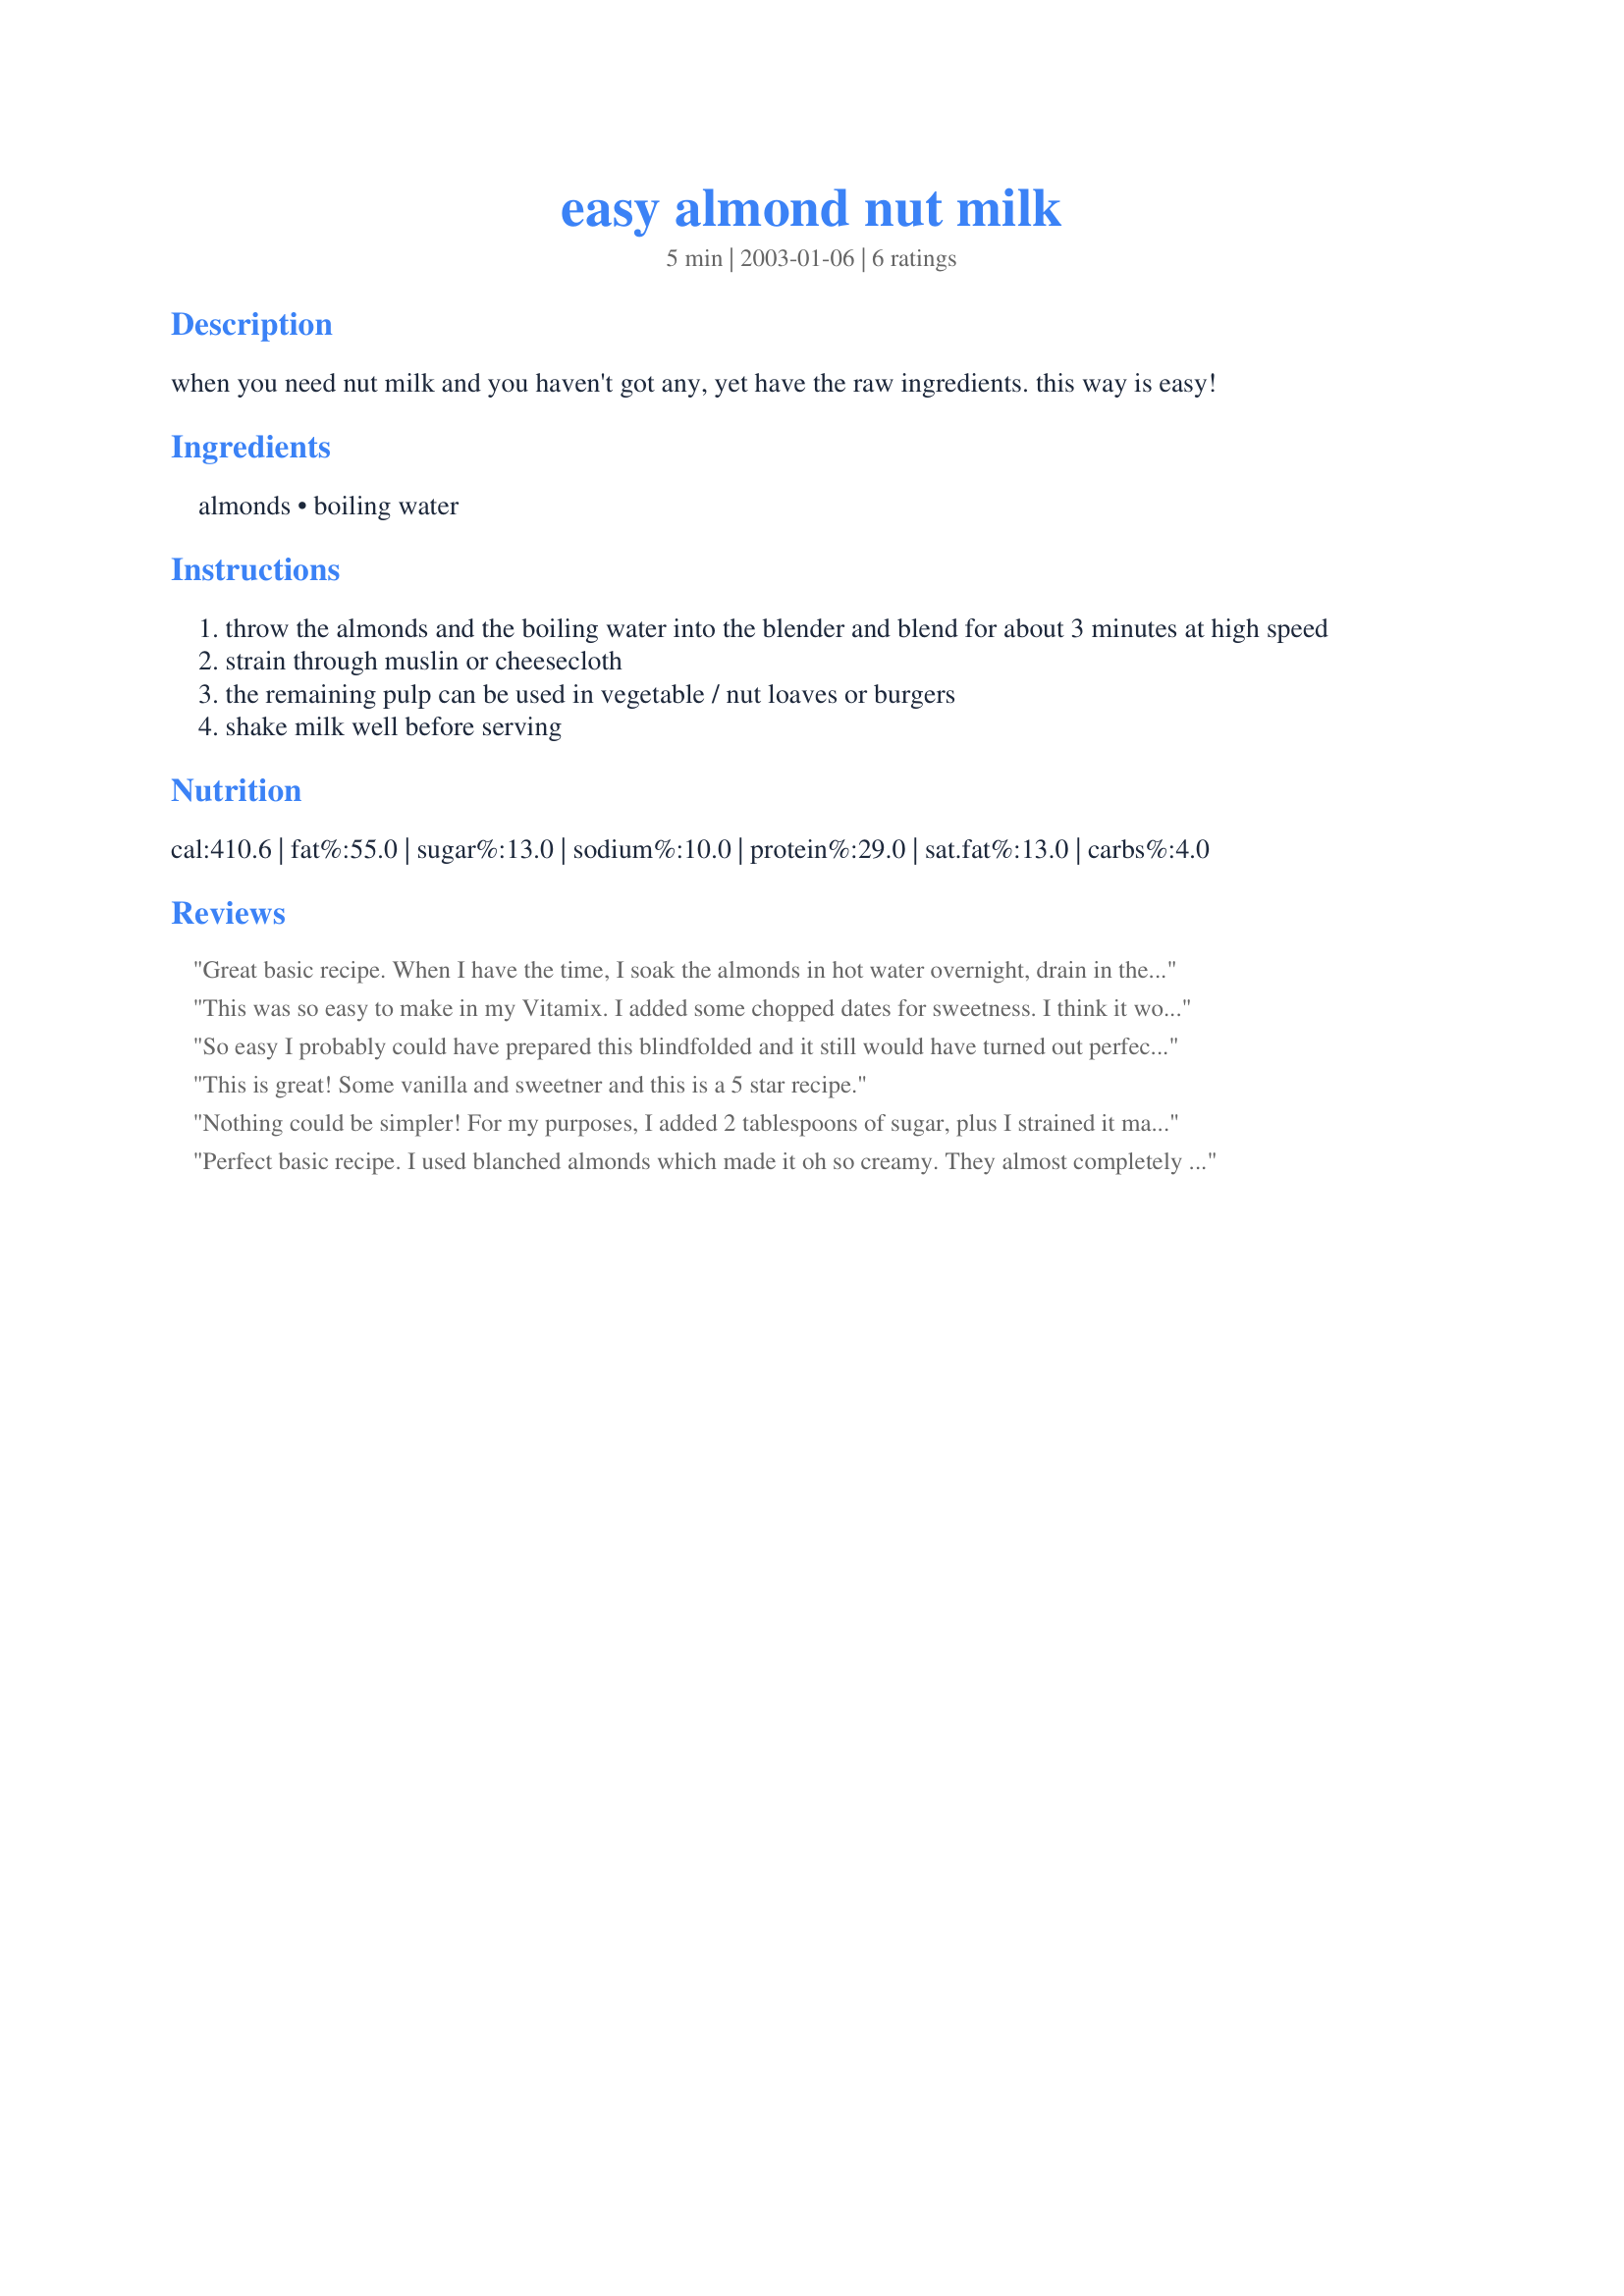
easy almond nut milk
Preparation time: 5 minutes

when you need nut milk and you haven't got any, yet have the raw ingredients. this way is easy!

Ingredients:
almonds, boiling water

Steps:
throw the almonds and the boiling water into the blender and blend for about 3 minutes at high speed
strain through muslin or cheesecloth
the remaining pulp can be used in vegetable / nut loaves or burgers
shake milk well before serving

Reviews:
Great basic recipe. When I have the time, I soak the almonds in hot water overnight, drain in the morning, then proceed with the recipe. I also find it tastes creamier when I blanch the almonds first, but I usually don't have time to do that!
This was so easy to make in my Vitamix. I added some chopped dates for sweetness. I think it would work best to puree the almonds with only 1/2 cup of water for a while before adding the rest of the water. I strained it through a fairly coarse strainer rather than cheesecloth, and it was thick and delicious! Thanks!!
So easy I probably could have prepared this blindfolded and it still would have turned out perfectly. The milk was strained twice. Now what to do with the 3/4 cup of pulp...? Thanks! Used to make this recipe: Recipe #462998.
This is great! Some vanilla and sweetner and this is a 5 star recipe.
Nothing could be simpler! For my purposes, I added 2 tablespoons of sugar, plus I strained it many, many times. I'm using the almond milk I made as an ingredient in a coffee cocktail!
Perfect basic recipe. I used blanched almonds which made it oh so creamy. They almost completely dissolved!! I used this in place of steamed milk in recipe#277458 which made for a lovely dairy free tea. The only problem was that adding boiled water to my already slightly cracked blender made it crack a bit more. I would use this recipe again if I am looking for very creamy almond milk and don't mind the water being boiled, ie. not a raw recipe!
